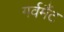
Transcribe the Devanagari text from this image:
गर्वमैंट